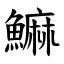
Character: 䲈